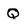
Character: Q